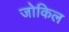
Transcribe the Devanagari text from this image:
जोकिल